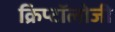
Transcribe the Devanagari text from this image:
क्रिप्टॉलोजी